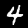
Digit: 4